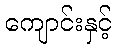
ကျောင်းနှင့်